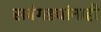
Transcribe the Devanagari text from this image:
सवंगड्यांनाही